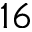
1 6